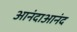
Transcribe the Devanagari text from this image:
आनंदाआनंद